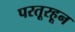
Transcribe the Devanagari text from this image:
परतूरहून